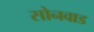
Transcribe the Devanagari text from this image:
सोनवाड